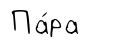
Па́ра